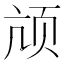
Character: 颃